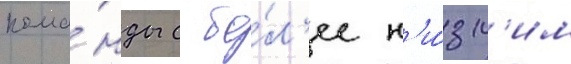
кома́нды с бо́л'ее н'и́зк'им